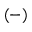
( - )